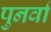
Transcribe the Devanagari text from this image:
पुनर्वा